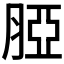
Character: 𦜖